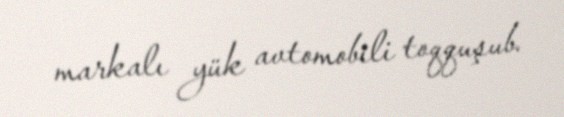
markalı yük avtomobili toqquşub.